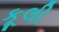
કૂલી